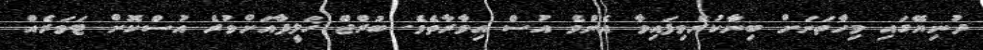
ދުނިޔޭގައި މިހާތަނަށް ބިނާކުރެވިފައިވާ އެންމެ އުސް އިމާރާތެވެ. ބުރްޖް ޚަލީފާއަށްވުރެ އުސްކޮށް ޓަވަރެއް